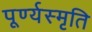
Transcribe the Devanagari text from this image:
पूर्ण्यस्मृति